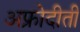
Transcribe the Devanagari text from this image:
अफ्रोदीती